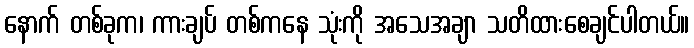
နောက် တစ်ခုက၊ ကားချပ် တစ်ကနေ သုံးကို အသေအချာ သတိထားစေချင်ပါတယ်။